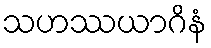
သဟဿယာဂိနံ